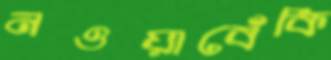
নওয়াবেঁকি